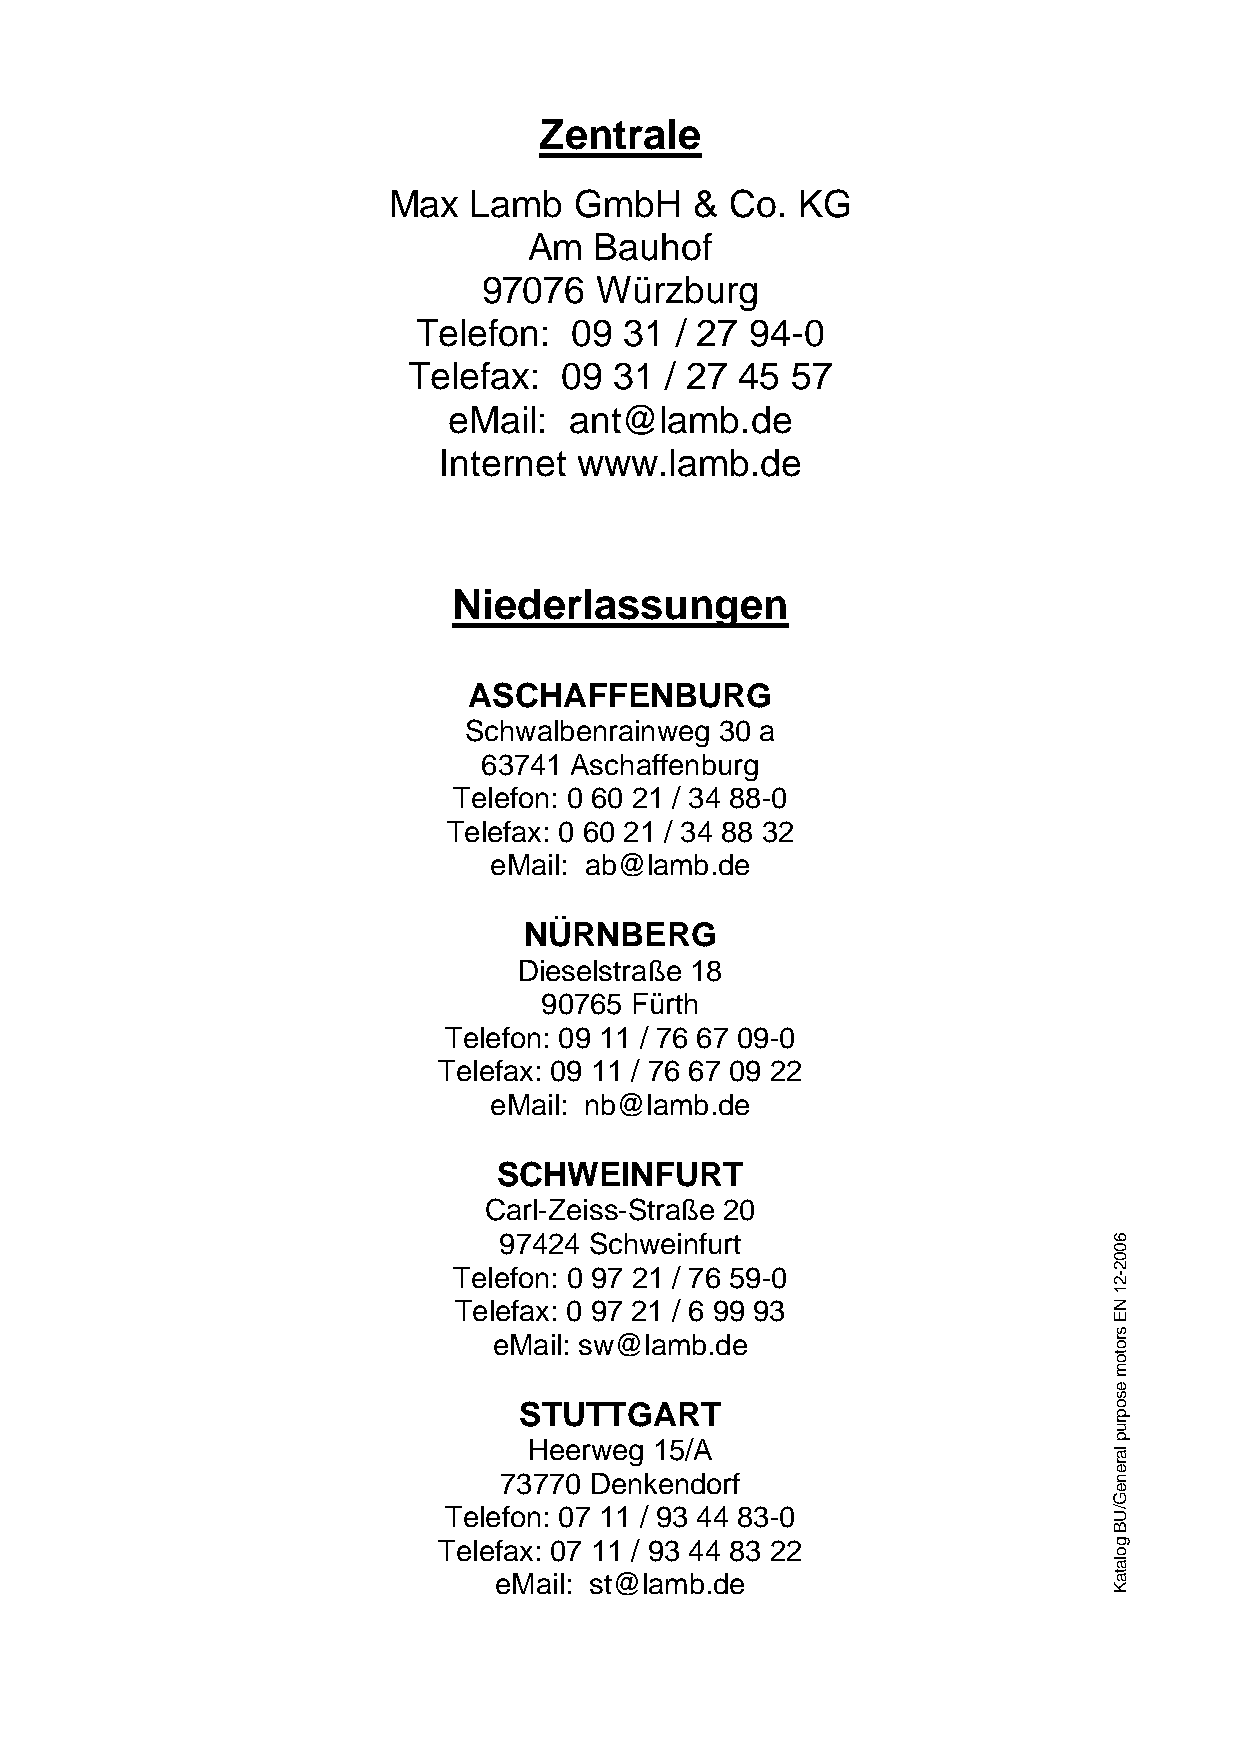
Zentrale
 Max  Lamb   GmbH    & Co.  KG
 Am  Bauhof
 97076  Würzburg
 Telefon:  09 31  / 27 94-0
 Telefax:  09  31 / 27 45 57
 eMail:  ant@lamb.de
 Internet www.lamb.de
 Niederlassungen
 ASCHAFFENBURG
 Schwalbenrainweg 30 a
 63741 Aschaffenburg
 Telefon: 0 60 21 / 34 88-0
 Telefax: 0 60 21 / 34 88 32
 eMail: ab@lamb.de
 NÜRNBERG
 Dieselstraße 18
 90765 Fürth
 Telefon: 09 11 / 76 67 09-0
 Telefax: 09 11 / 76 67 09 22
 eMail: nb@lamb.de
 SCHWEINFURT
 Carl-Zeiss-Straße 20
 97424 Schweinfurt
 Telefon: 0 97 21 / 76 59-0
 Telefax: 0 97 21 / 6 99 93
 eMail: sw@lamb.de
 STUTTGART
 Heerweg 15/A
 73770 Denkendorf
 Telefon: 07 11 / 93 44 83-0
 Telefax: 07 11 / 93 44 83 22
 eMail: st@lamb.de
 6002-21
 NE
 srotom
 esoprup
 lareneG/UB
 golataK